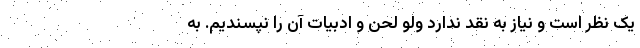
یک نظر است و نیاز به نقد ندارد ولو لحن و ادبیات آن را نپسندیم. به